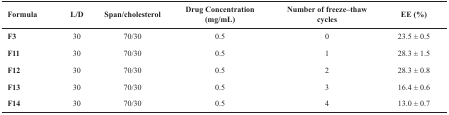
| Formula | L/D | Span/cholesterol | Drug Concentration (mg/mL) | Number of freeze–thawcycles | EE (%) |
 | --- | --- | --- | --- | --- | --- |
 | F3 | 30 | 70/30 | 0.5 | 0 | 23.5 ± 0.5 |
 | F11 | 30 | 70/30 | 0.5 | 1 | 28.3 ± 1.5 |
 | F12 | 30 | 70/30 | 0.5 | 2 | 28.3 ± 0.8 |
 | F13 | 30 | 70/30 | 0.5 | 3 | 16.4 ± 0.6 |
 | F14 | 30 | 70/30 | 0.5 | 4 | 13.0 ± 0.7 |